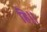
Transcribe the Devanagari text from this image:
हि॥